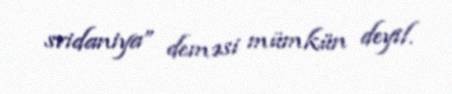
svidaniya” deməsi mümkün deyil.